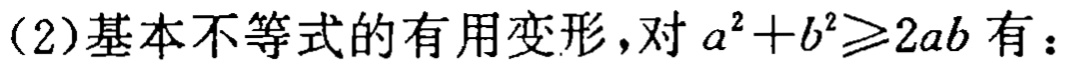
(2)基本不等式的有用变形，对 \(a^{2}+b^{2}\geqslant2ab\) 有：